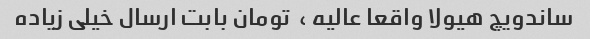
ساندویچ هیولا واقعا عالیه ،  تومان بابت ارسال خیلی زیاده